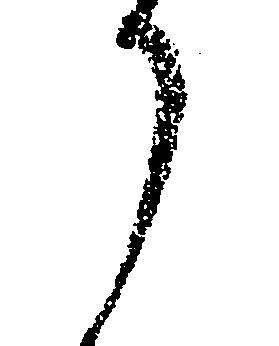
か